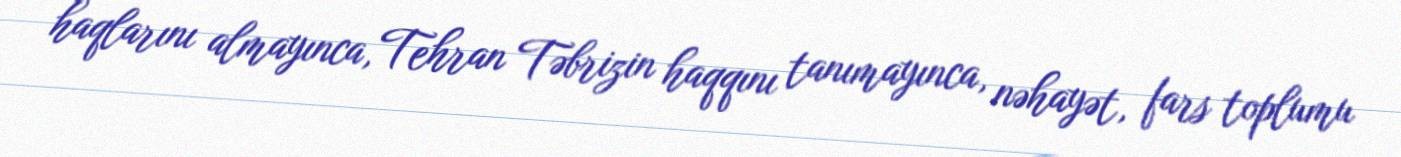
haqlarını almayınca, Tehran Təbrizin haqqını tanımayınca, nəhayət, fars toplumu